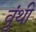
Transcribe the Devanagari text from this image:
वुंथी